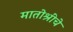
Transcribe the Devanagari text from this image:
मातोश्रींचे